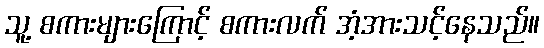
သူ့ စကားများကြောင့် စကားလက် အံ့အားသင့်နေသည်။